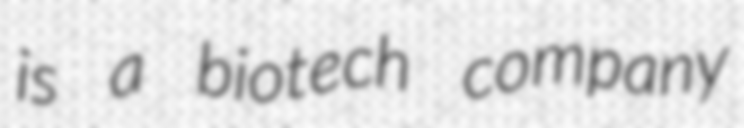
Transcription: is a biotech company